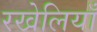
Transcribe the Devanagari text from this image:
रखेलियाँ